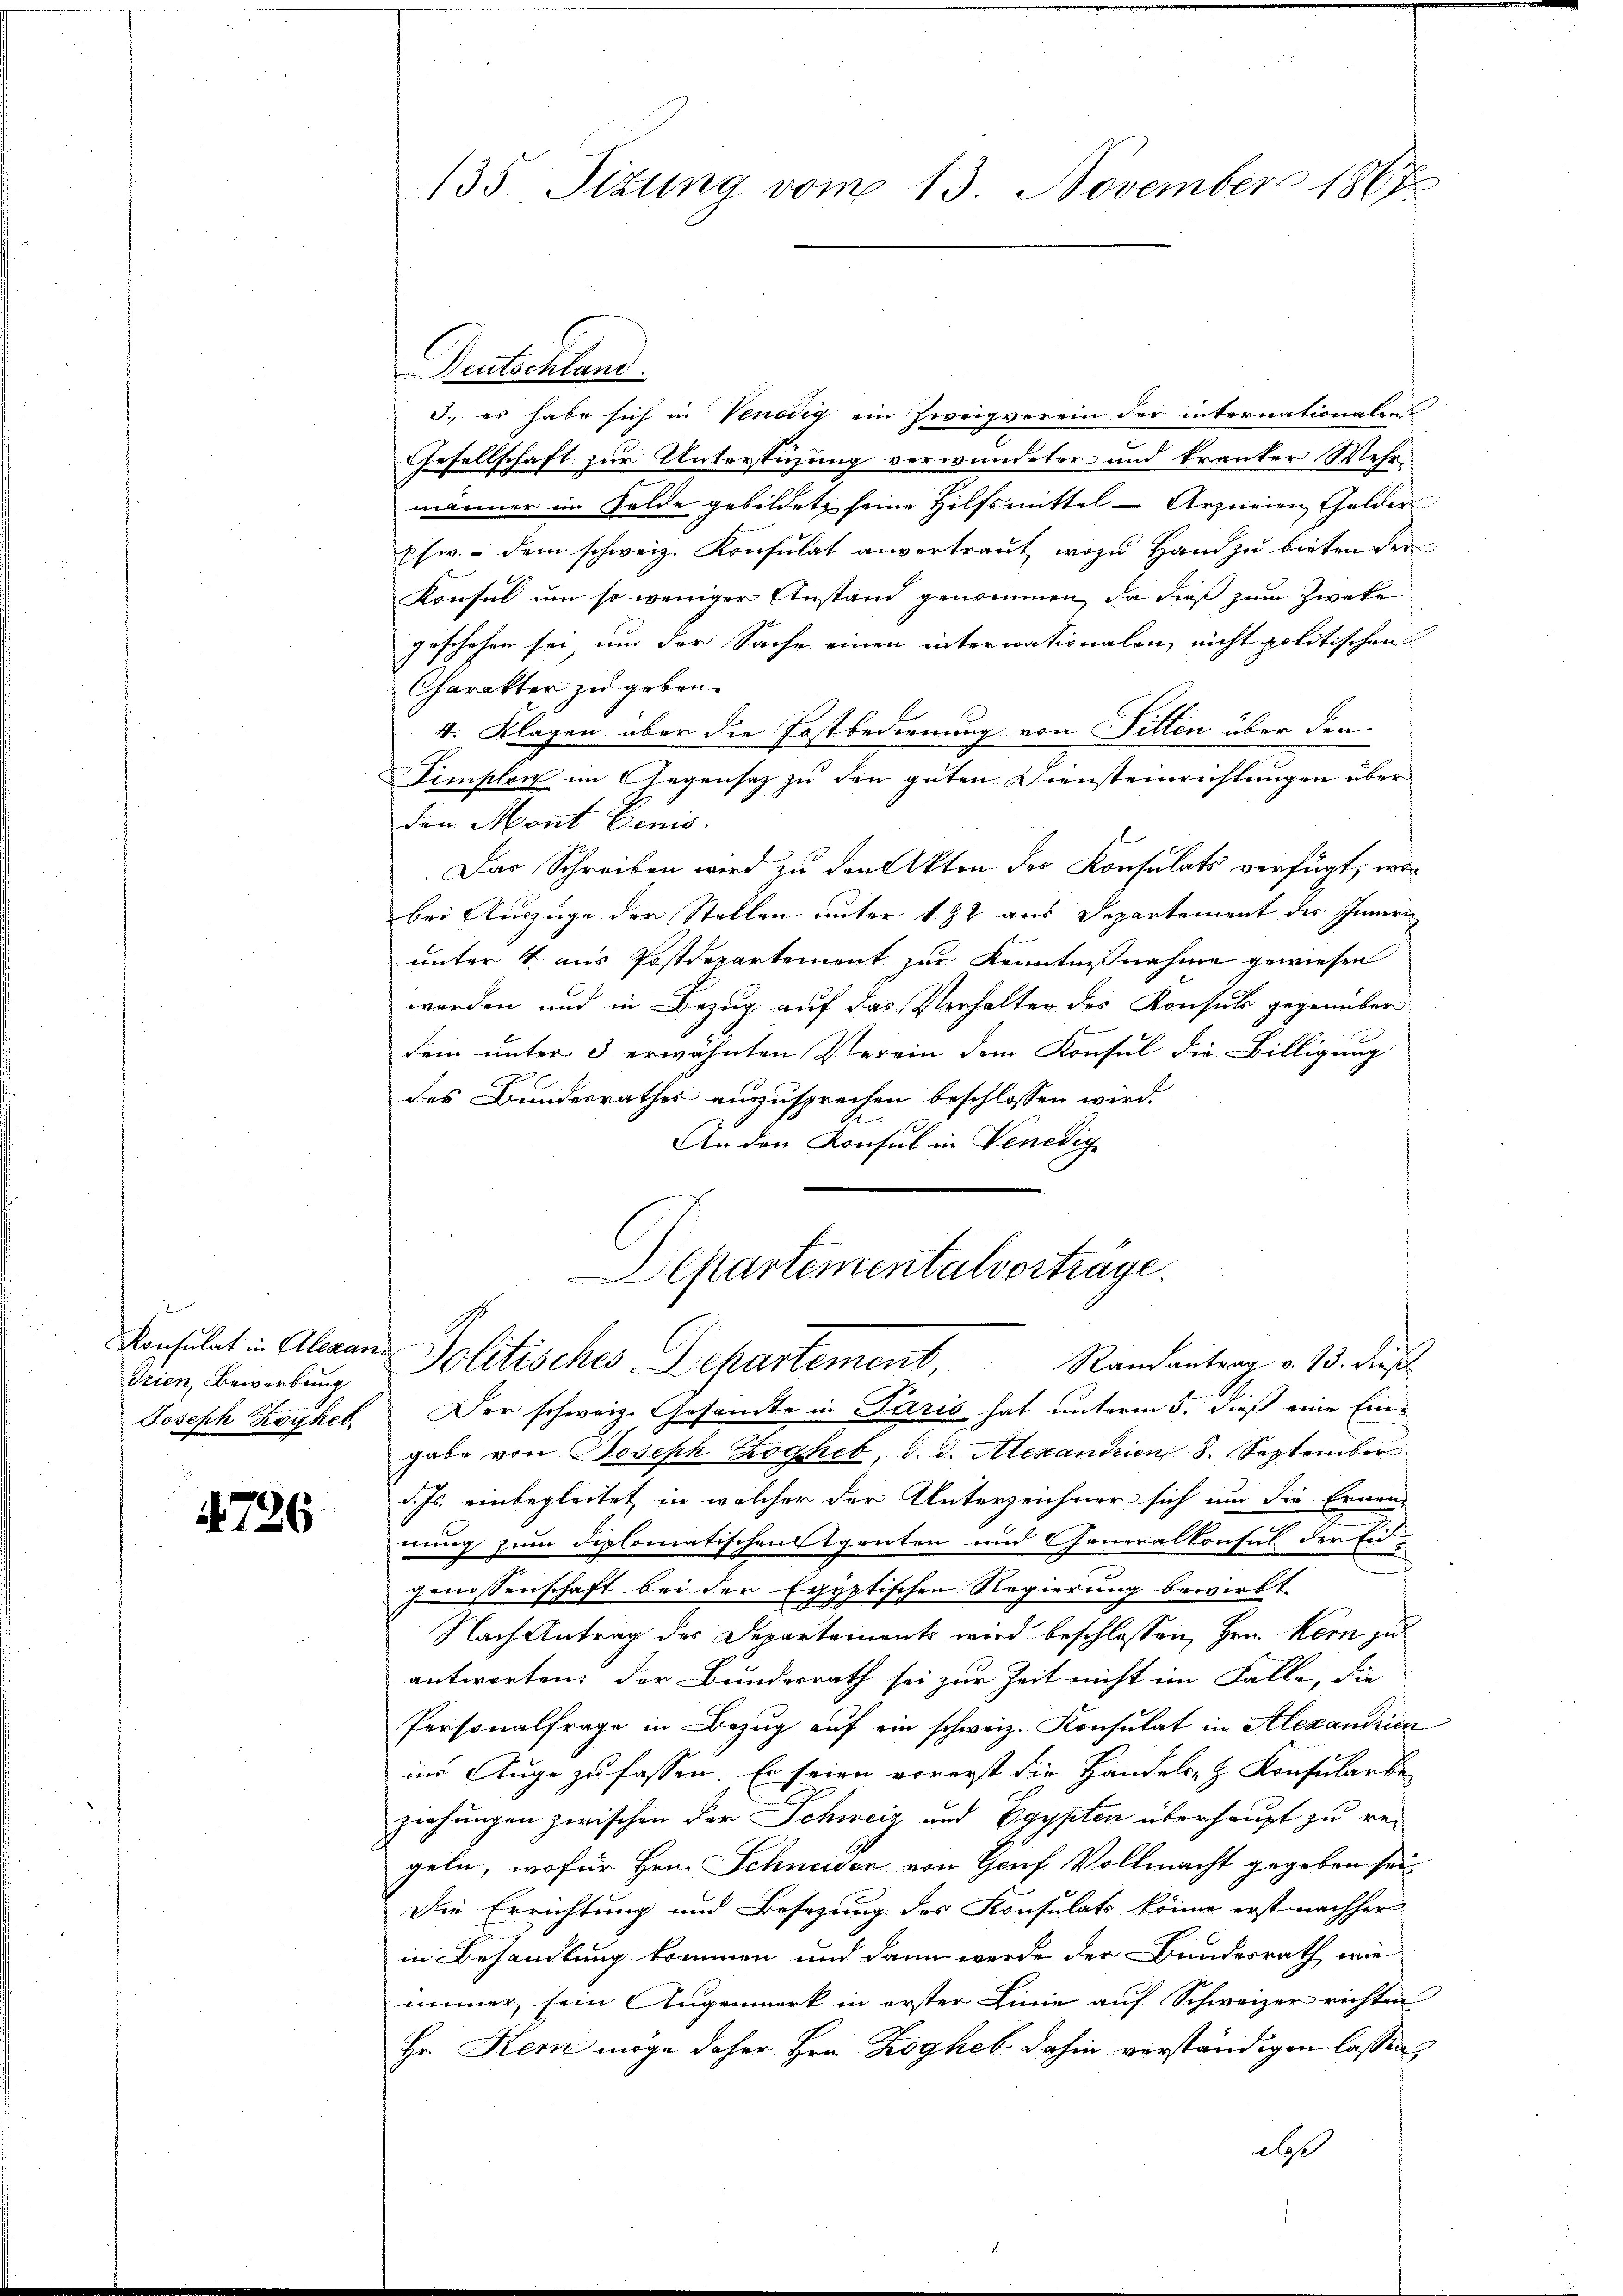
Trien Bewerbung
Joseph Zögheb

4726

135. Sizung vom 13. November 1867

Deutschland.
3., es habe sich in Venedig ein Zweigverein der internationalen
Gesellschaft zur Unterstüzung verwundeter und tranter Mehr-
männer im Felde gebildete seine Hilfsmittel - Arzneien Gelder
pfw. - dem schweiz. Konsulat anvertraut, wozu Hand zu bieten der
Konsul um so weniger Anstand genommen, da dieß zum Zweke
geschehen sei, um der Sache einen internationalen, nicht politischen
Charakter zu geben.
4. Klagen aber die Postbedienung von Sitten über den
Femplon im Gegensatz zu den guten Diensteinrichtungen überden Mont Benis.
.Das Schreiben wird zu den Akten der Konsulats verfügt, wobei Auszüge der Stellen unter 182 aus Departement des Innern
unter 4 aus Postdepartement zur Kenntnißnahme gewiesen
werden und in Bezug auf das Verhalten des Konsuls gegenüber
dem unter 3 erwähnten Verein dem Konsul die Billigung
des Bundesrathes auszusprechen beschlossen wird.
An den Konsul in Venedig
Departementalvorträge.
Konsulat in Alexan Politisches Departement, Randantrag v. 13. dies
Der schweiz. Gesandte in Paris hat unterm 5. dieß eine Eingabe von Joseph Zogheb, d. d. Alexandrien 8. September
d. Js. einbegleitet in welcher der Unterzeichner sich um die Ernen-
nung zum diplomatischen Agenten und Generalkonsul der Eid
e
Genossenschaft bei der Egyptischen Regierung bewirkt
Nach Antrag des Departements wird beschlossen, Hrn. Kern zu
antworten: Der Bundesrath sei zur Zeit nicht im Falle, die
Personalfrage in Bezug auf ein schweiz. Konsulat in Alexandrien
im Auge zu fassen. Er seien vorerst die Handels- & Konsularbe
ziehungen zwischen der Schweiz und Egypten überhaupt zu re-
geln, wofür Hein Schneiden von Genf Vollmacht gegeben sei
Die Errichtung und Besetzung des Konsulats könne erst nachher
in Behandlung kommen und dann werde der Bundesrath wie
immer, sein Augenmerk in erster Linie auf Schweizer richten
Hr. Kern möge daher Hrn. Kogheb dahin verständigen lassen
d